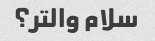
سلام والتر؟